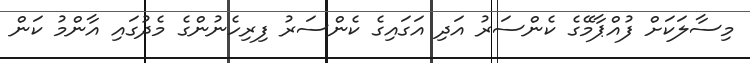
މިސާލަކަށް ފުއްޕާމޭގެ ކެންސަރު އަދި އަގައިގެ ކެންސަރު ފިރިހެނުންގެ މެދުގައި އާންމު ކަން